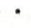
.